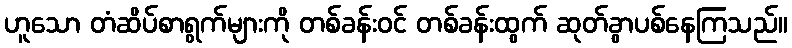
ဟူသော တံဆိပ်စာရွက်များကို တစ်ခန်းဝင် တစ်ခန်းထွက် ဆုတ်ခွာပစ်နေကြသည်။